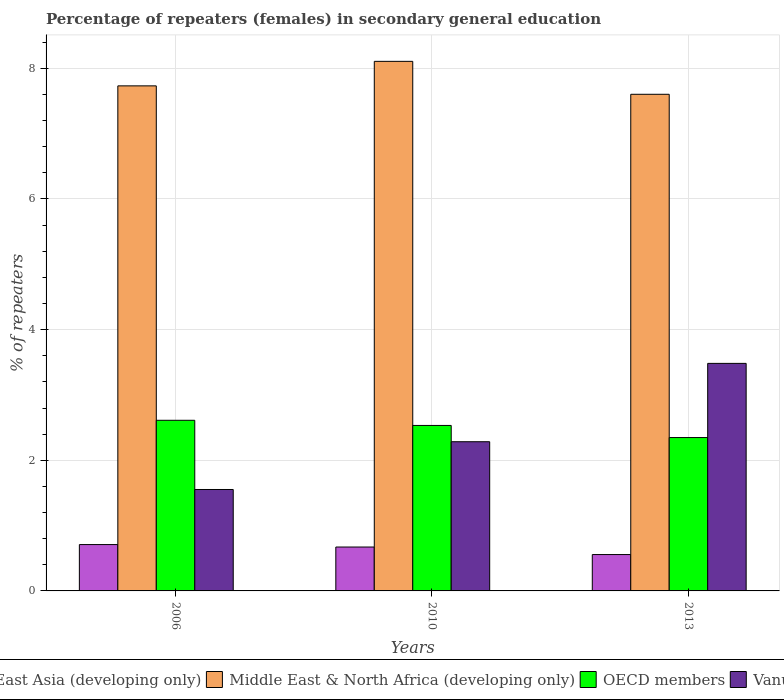
| Years | East Asia (developing only) | Middle East & North Africa (developing only) | OECD members | Vanuatu |
 | --- | --- | --- | --- | --- |
 | 2006 | 0.709 | 7.73 | 2.61 | 1.55 |
 | 2010 | 0.672 | 8.11 | 2.53 | 2.28 |
 | 2013 | 0.557 | 7.6 | 2.35 | 3.48 |